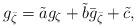
LaTeX: \begin{align*}g_{\bar\zeta}=\tilde a g_\zeta+ \tilde b\bar g_{\bar\zeta}+\tilde c,\end{align*}